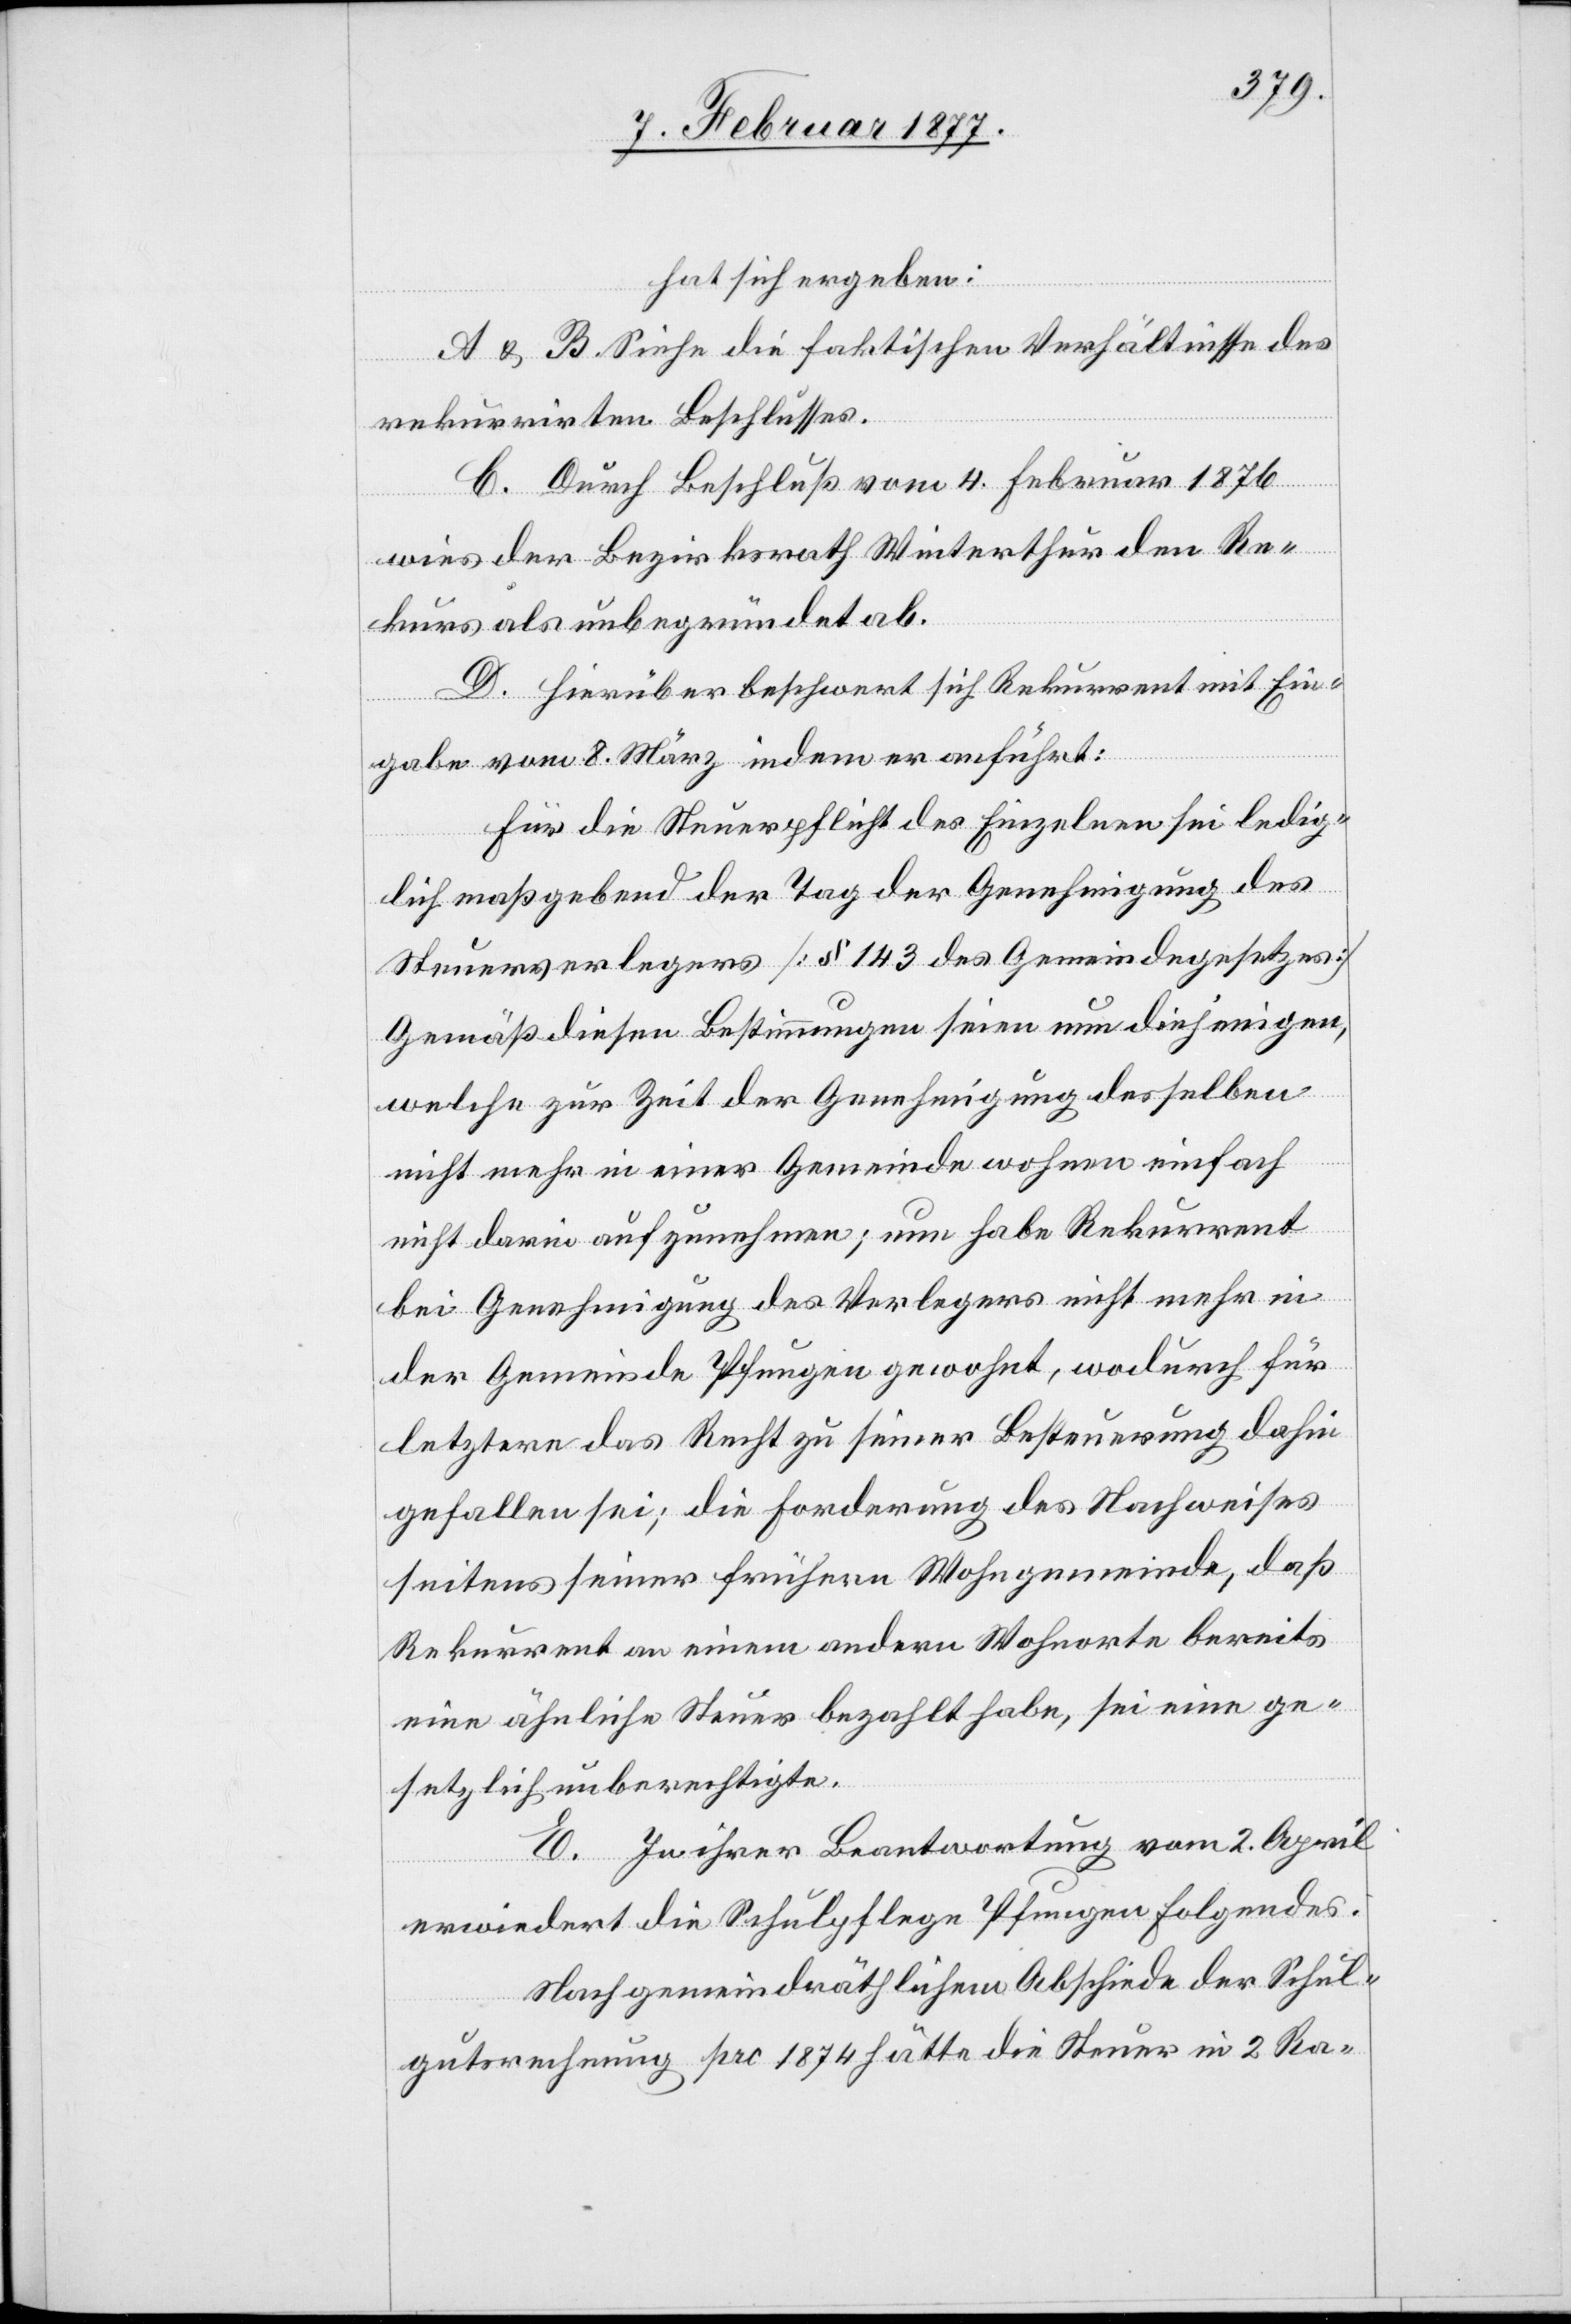
hat sich ergeben:
A & B. Siehe die faktischen Verhältnisse des
rekurrirten Beschlusses.
C. Durch Beschluß vom 4. Februar 1876
wies der Bezirksrath Winterthur den Re¬
kurs als unbegründet ab.
D. Hierüber beschwert sich Rekurrent mit Ein¬
gabe vom 8. März indem er anführt:
Für die Steuerpflicht des Einzelnen sei ledig¬
lich maßgebend der Tag der Genehmigung des
Steuerverlegers [§ 143 des Gemeindegesetzes][.]
Gemäß diesen Bestimmungen seien nun diejenigen,
welche zur Zeit der Genehmigung desselben
nicht mehr in einer Gemeinde wohnen einfach
nicht darin aufzunehmen; nun habe Rekurrent
bei Genehmigung des Verlegers nicht mehr in
der Gemeinde Pfungen gewohnt, wodurch für
letztere das Recht zu seiner Besteuerung dahin
gefallen sei; die Forderung des Nachweises
seitens seiner frühern Wohngemeinde, daß
Rekurrent an einem andern Wohnorte bereits
eine ähnliche Steuer bezahlt habe, sei eine ge¬
setzlich unberechtigte.
E. In ihrer Beantwortung vom 2. April
erwiedert die Schulpflege Pfungen Folgendes:
Nach gemeindräthlichem Abschiede der Schul¬
gutsrechnung pro 1874 hätte die Steuer in 2 Ra-